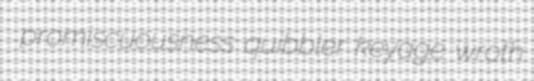
promiscuousness quibbler keyage wroth